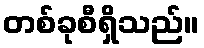
တစ်ခုစီရှိသည်။